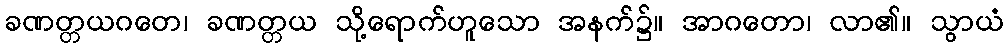
ခဏတ္တယဂတေ၊ ခဏတ္တယ သို့ရောက်ဟူသော အနက်၌။ အာဂတော၊ လာ၏။ သွာယံ